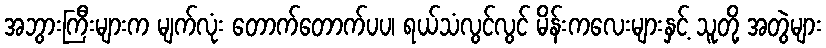
အဘွားကြီးများက မျက်လုံး တောက်တောက်ပပ၊ ရယ်သံလွင်လွင် မိန်းကလေးများနှင့် သူတို့ အတွဲများ